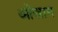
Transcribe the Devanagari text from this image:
ओस्राम